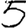
Digit: 5